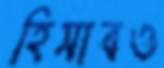
হিসাবও